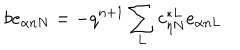
LaTeX: b e _ { \alpha n N } = - q ^ { n + 1 } \sum _ { L } c _ { \eta N } ^ { * L } e _ { \alpha n L }